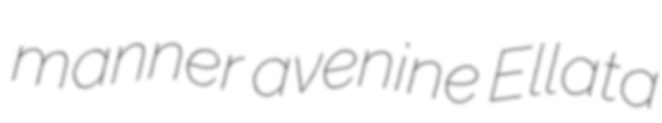
manner avenine Ellata